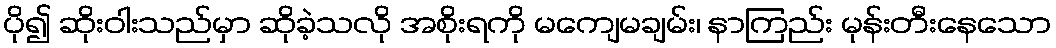
ပို၍ ဆိုးဝါးသည်မှာ ဆိုခဲ့သလို အစိုးရကို မကျေမချမ်း၊ နာကြည်း မုန်းတီးနေသော